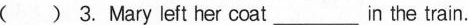
( ) 3. Mary left her coat ___ in the train.